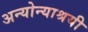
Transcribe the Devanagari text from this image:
अन्योन्याश्रयी